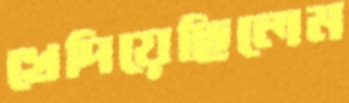
খেদিয়েছিলেম